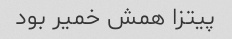
پیتزا همش خمیر بود